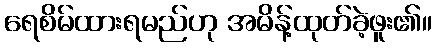
ရေစိမ်ထားရမည်ဟု အမိန့်ထုတ်ခဲ့ဖူး၏။